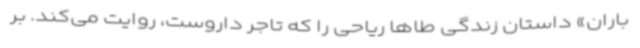
باران» داستان زندگی طاها ریاحی را که تاجر داروست، روایت می‌کند. بر